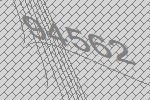
94562